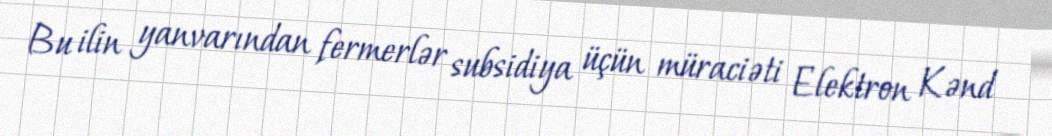
Bu ilin yanvarından fermerlər subsidiya üçün müraciəti Elektron Kənd